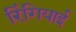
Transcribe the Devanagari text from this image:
रिंगियाई